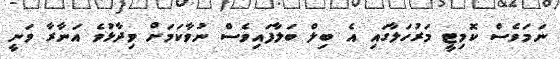
ނަމަވެސް ކޮމިޓީ މަރުހަލާގައި އެ ބިލް ބަލާފައިވެސް ނުވާކަމަށް ވިދާޅުވެ އަނާރާ ވަނީ